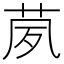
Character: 𱽢